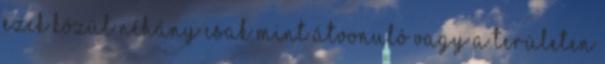
ezek közül néhány csak mint átvonuló vagy a területen